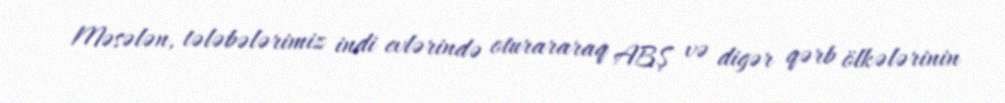
Məsələn, tələbələrimiz indi evlərində oturararaq ABŞ və digər qərb ölkələrinin